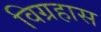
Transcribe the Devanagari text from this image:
विग्रहास